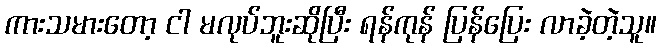
ကားသမားတော့ ငါ မလုပ်ဘူးဆိုပြီး ရန်ကုန် ပြန်ပြေး လာခဲ့တဲ့သူ။